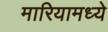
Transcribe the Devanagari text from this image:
मारियामध्ये